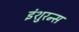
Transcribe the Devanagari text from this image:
इंशुरन्स